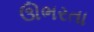
ઊભરતા